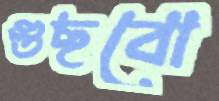
গুছবো